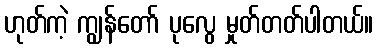
ဟုတ်ကဲ့ ကျွန်တော် ပုလွေ မှုတ်တတ်ပါတယ်။